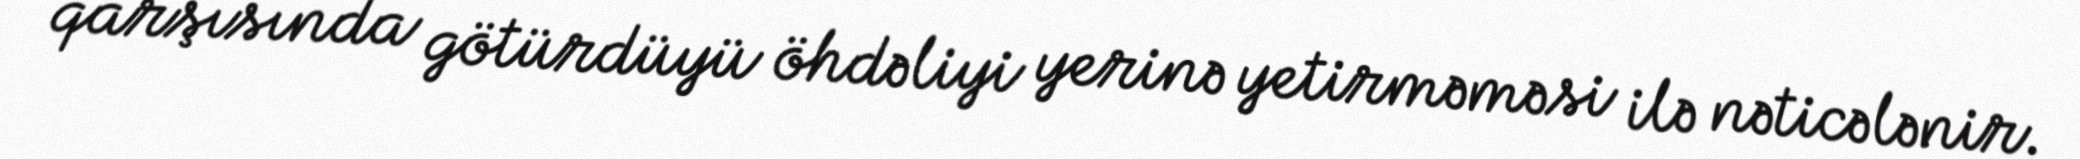
qarşısında götürdüyü öhdəliyi yerinə yetirməməsi ilə nəticələnir.